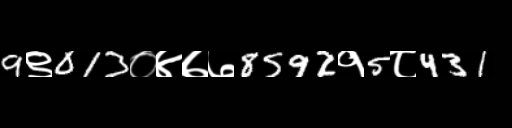
Text: 9९013०४७७8592१5८431